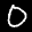
Label: 0